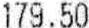
179.50